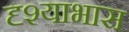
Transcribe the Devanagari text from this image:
दृश्याभास